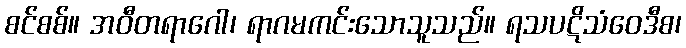
စင်စစ်။ အဝီတရာဂေါ၊ ရာဂမကင်းသောသူသည်။ ရသပဋိသံဝေဒီစ၊